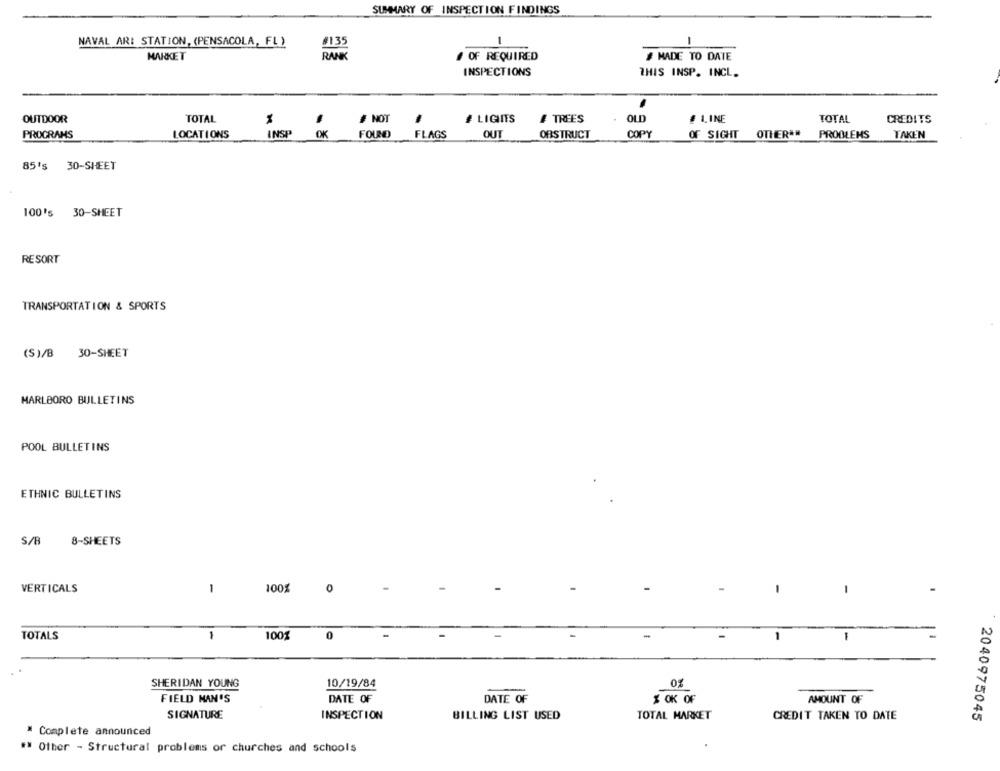
SUMMARY OF INSPECTION FINDINGS
-
NAVAL ARI STATION, (PENSACOLA, FL )
#135
1
MARKET
RANK
# OF REQUIRED
# MADE TO DATE
INSPECTIONS
THIS INSP. INCL.
OUTDOOR
TOTAL
NOT
# LIGHTS
# TREES
OLD
# LINE
TOTAL
CREDITS
PROGRAMS
LOCATIONS
INSP
OK
FOUND
FLAGS
OUT
OBSTRUCT
COPY
OF SIGHT
OTHER **
PROBLEMS
TAKEN
85's 30-SHEET
100's 30-SHEET
RESORT
TRANSPORTATION & SPORTS
(S)/B 30-SHEET
MARLBORO BULLETINS
POOL BULLETINS
ETHNIC BULLETINS
S/B
8-SHEETS
VERTICALS
100%
0
TOTALS
1
1001
0
SHERIDAN YOUNG
10/19/84
01
FIELD MAN'S
DATE OF
DATE OF
OK OF
AMOUNT OF
SIGNATURE
INSPECTION
BILLING LIST USED
TOTAL MARKET
CREDIT TAKEN TO DATE
2040975045
Complete announced
"" Other - Structural problems of churches and schools